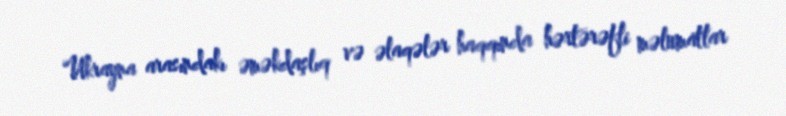
Ukrayna arasındakı əməkdaşlıq və əlaqələr haqqında hərtərəfli məlumatlar